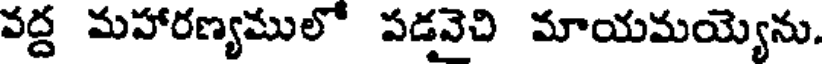
వద్ద మహారణ్యములో పడవెచి మాయమయ్యెను.